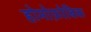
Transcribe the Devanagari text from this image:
होमोफ़ोबिक